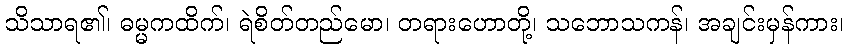
သိသာရ၏၊ ဓမ္မကထိက်၊ ရဲစိတ်တည်မော၊ တရားဟောတို့၊ သဘောသကန်၊ အချင်းမှန်ကား၊